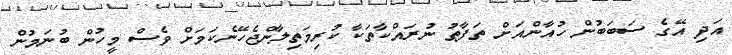
އަދި އޭގެ ސަބަބުން ހުއާންއަށް ތަފާތު ނުރައްކާތަކާ ކުރިމަތިލާންޖެހޭނެކަމަށް ވެސް މީހުން ބުނަމުން